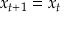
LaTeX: x _ { t + 1 } = x _ { t }